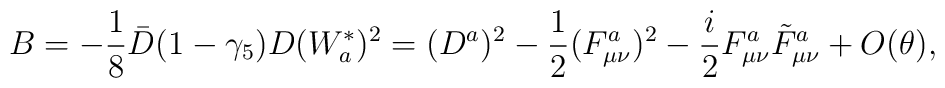
B = -\frac{1}{8} \bar D (1-\gamma_5) D (W_a^{*})^2= (D^a)^2 -\frac{1}{2}(F_{\mu\nu}^a)^2-\frac{i}{2} F_{\mu\nu}^a \tilde F_{\mu\nu}^a + O(\theta),